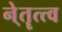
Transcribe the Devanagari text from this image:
ने्तॄत्त्व